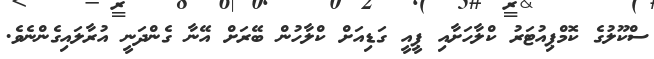
ސްކޫލުގެ ކޮމްޕިއުޓަރު ކްލާހަށާއި ޕީއީ ގަޑިއަށް ކްލާހުން ބޭރަށް އޭނާ ގެންދަނީ އުރާލައިގެންނެވެ.